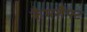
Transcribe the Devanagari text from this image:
कैमशैफ्ट